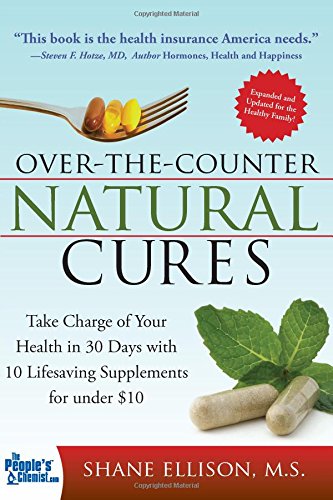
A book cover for Over the Counter Natural Cures, Expanded Edition: Take Charge of Your Health in 30 Days with 10 Lifesaving Supplements for under $10; Shane Ellison; Health, Fitness & Dieting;